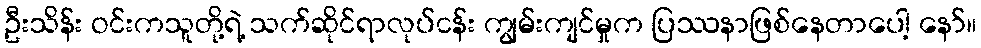
ဦးသိန်း ဝင်းကသူတို့ရဲ့ သက်ဆိုင်ရာလုပ်ငန်း ကျွမ်းကျင်မှုက ပြဿနာဖြစ်နေတာပေါ့ နော်။